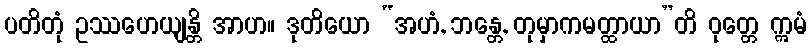
ပတိတုံ ဥဿဟေယျန္တိ အာဟ။ ဒုတိယော “အဟံ, ဘန္တေ, တုမှာကမတ္ထာယာ”တိ ဝုတ္တေ ဣမံ